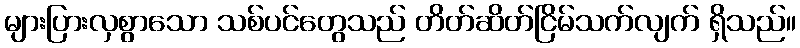
များပြားလှစွာသော သစ်ပင်တွေသည် တိတ်ဆိတ်ငြိမ်သက်လျက် ရှိသည်။